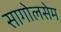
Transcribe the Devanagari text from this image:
सागोलसेम